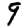
Digit: 9